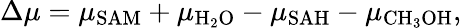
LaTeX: \Delta\mu=\mu_{\mathrm{SAM}}+\mu_{\mathrm{H}_{2}\mathrm{O}}-\mu_{\mathrm{SAH}}-\mu_{\mathrm{CH}_{3}\mathrm{OH}},